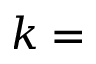
k =